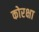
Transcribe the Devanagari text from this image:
कोरक्षा